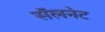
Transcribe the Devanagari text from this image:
सॅलनेट